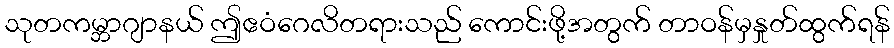
သုတကမ္ဘာဂျာနယ် ဤဧဝံဂေလိတရားသည် ကောင်းဖို့အတွက် တာဝန်မှနှုတ်ထွက်ရန်